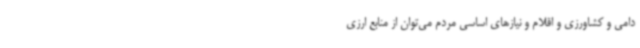
دامی و کشاورزی و اقلام و نیازهای اساسی مردم می‌توان از منابع ارزی